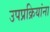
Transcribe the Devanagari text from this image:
उपप्रक्रियांना